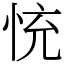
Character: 㤝